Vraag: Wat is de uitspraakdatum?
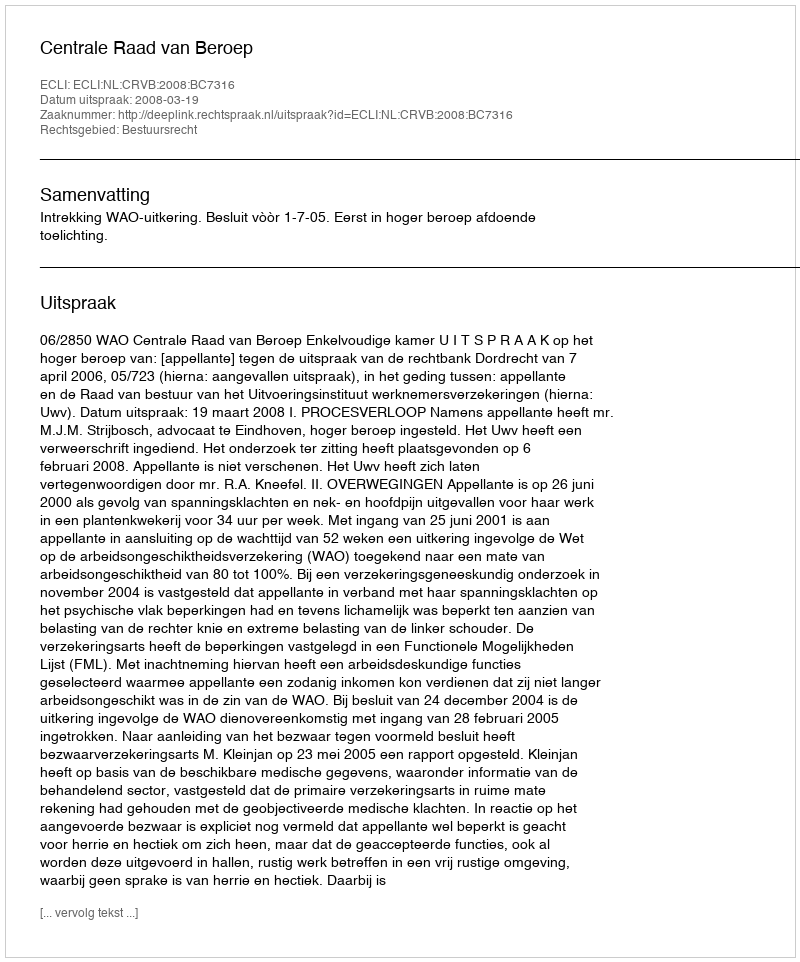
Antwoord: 2008-03-19